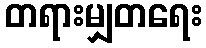
တရားမျှတရေး